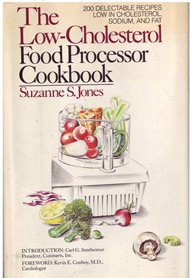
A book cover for The Low-Cholesterol Food Processor Cookbook/Sp-162P; Suzanne S. Jones; Cookbooks, Food & Wine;